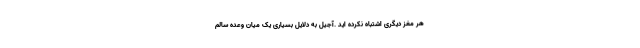
هر مغز دیگری اشتباه نکرده اید .آجیل به دلایل بسیاری یک میان وعده سالم